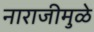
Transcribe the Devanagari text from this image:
नाराजीमुळे